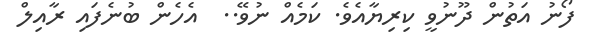
ފޯނު އަތުން ދޫނުވީ ކިރިޔާއެވެ. ކަމެއް ނުވޭ..  އެހެން ބުނެފައި ރާއިލް